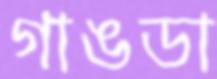
গাঙডা